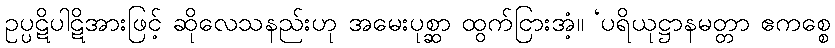
ဥပ္ပဋိပါဋိအားဖြင့် ဆိုလေသနည်းဟု အမေးပုစ္ဆာ ထွက်ငြားအံ့။ ‘ပရိယုဋ္ဌာနမတ္တာ ဧကစ္စေ